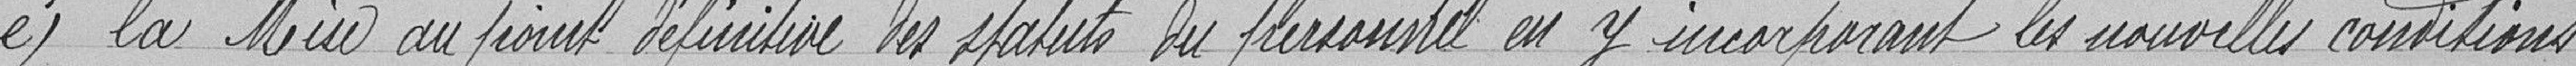
e) la Mise au point définitive des statuts du personnel en y incorporant les nouvelles conditions